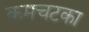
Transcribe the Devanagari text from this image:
कमचटका